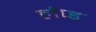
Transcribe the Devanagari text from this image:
लैप्ड